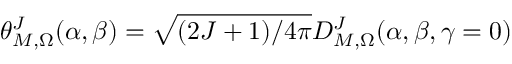
\theta _ { M , \Omega } ^ { J } ( \alpha , \beta ) = \sqrt { ( 2 J + 1 ) / { 4 \pi } } D _ { M , \Omega } ^ { J } ( \alpha , \beta , \gamma = 0 )